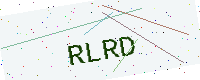
Text: RLRD